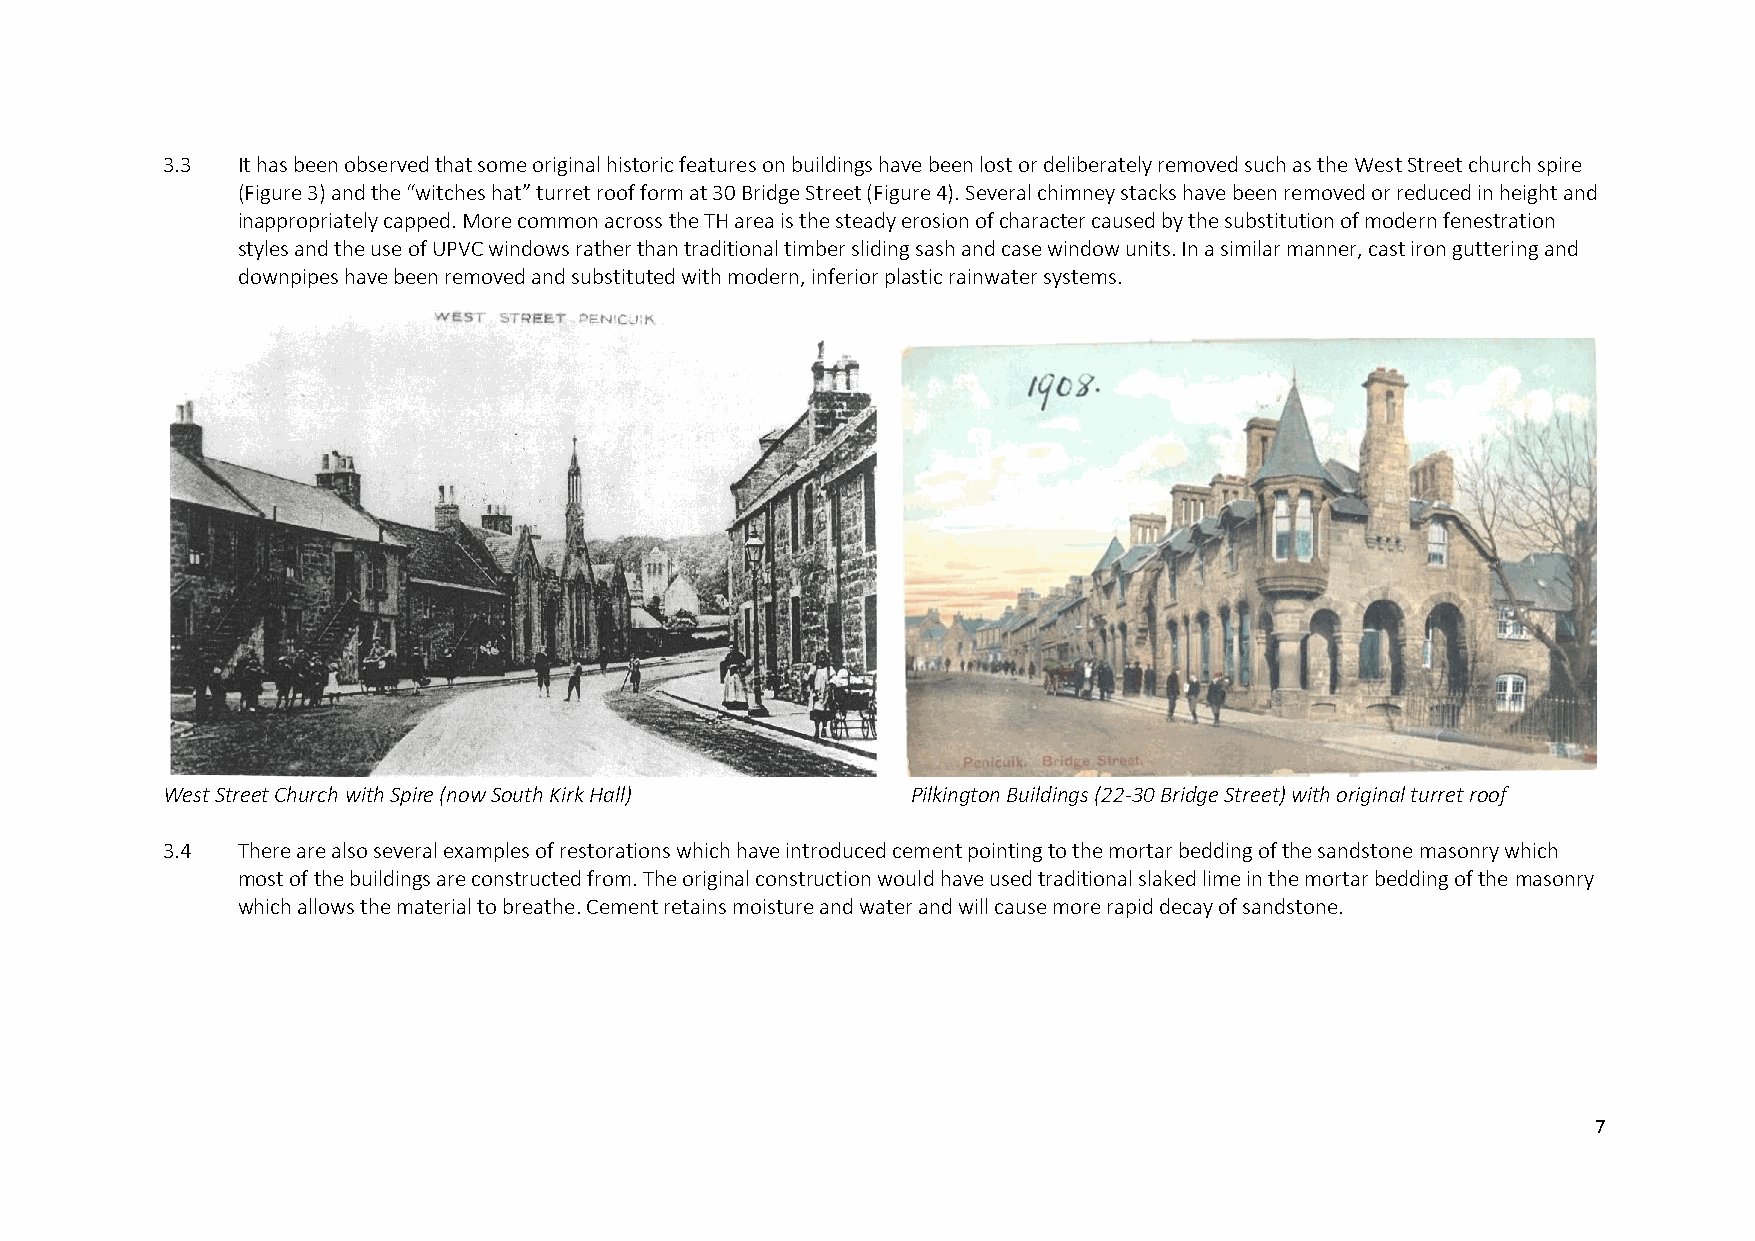
3.3  It has been observed that some original historic features on buildings have been lost or deliberately removed such as the West Street church spire
 (Figure 3) and the “witches hat” turret roof form at 30 Bridge Street (Figure 4). Several chimney stacks have been removed or reduced in height and
 inappropriately capped. More common across the TH area is the steady erosion of character caused by the substitution of modern fenestration
 styles and the use of UPVC windows rather than traditional timber sliding sash and case window units. In a similar manner, cast iron guttering and
 downpipes have been removed and substituted with modern, inferior plastic rainwater systems.
 West Street Church with Spire (now South Kirk Hall) Pilkington Buildings (22-30 Bridge Street) with original turret roof
 3.4  There are also several examples of restorations which have introduced cement pointing to the mortar bedding of the sandstone masonry which
 most of the buildings are constructed from. The original construction would have used traditional slaked lime in the mortar bedding of the masonry
 which allows the material to breathe. Cement retains moisture and water and will cause more rapid decay of sandstone.
 7